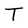
Character: T